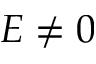
E \neq 0